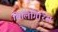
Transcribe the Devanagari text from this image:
बिलिगिरिस